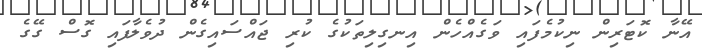
އޭނާ ކޮޓަރިން ނިކުމެފައި ވަގެއްހެން އިނގިލިތަކުގެ ކުރި ޖައްސައިގެން ދުވެލާފައި ގޮސް ގޭގެ